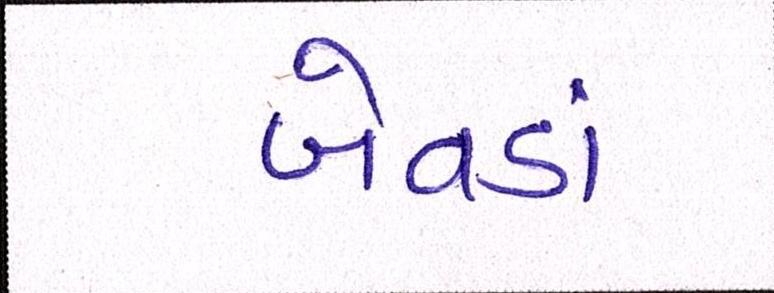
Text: બેવડાં